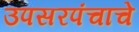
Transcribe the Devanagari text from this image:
उपसरपंचाचे